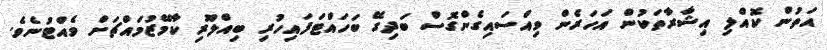
އަތުން ކޮއްލި އިޝާރާތަކުން އަހަރެން ވިއްސައިގެންގޮސް ބަދިގޭ ބަހައްޓަފައިހުރި ބިއްލޫރި ކާމޭޒުމައްޗަށް ވެއްޓުނެވެ.